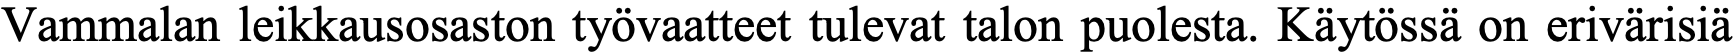
Vammalan leikkausosaston työvaatteet tulevat talon puolesta. Käytössä on erivärisiä